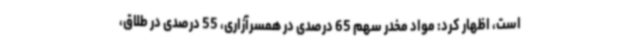
است، اظهار کرد: مواد مخدر سهم 65 درصدی در همسرآزاری، 55 درصدی در طلاق،